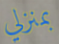
بمنزلي